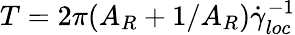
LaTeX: T=2\pi(A_{R}+1/A_{R})\dot{\gamma}_{loc}^{-1}